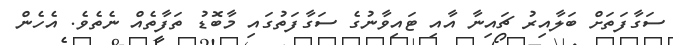
ސަގާފަތަށް ބަލާއިރު ޗައިނާ އާއި ޓައިވާނުގެ ސަގާފަތުގައި މާބޮޑު ތަފާތެއް ނެތެވެ. އެހެން